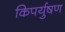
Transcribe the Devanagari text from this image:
किपर्युषण